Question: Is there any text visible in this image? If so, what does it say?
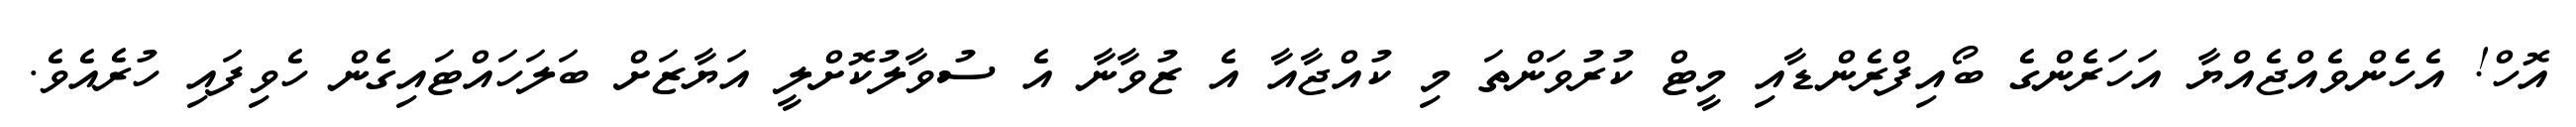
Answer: އޮހް! އެހެންވެއްޖެއްޔާ އަހަރެންގެ ބޯއިފްރެންޑާއި މީޓް ކުރުވަންތަ މި ކުއްޖާއާ އެ ޒުވާނާ އެ ސުވާލުކޮށްލީ އަޔާޒަށް ބަލަހައްޓައިގެން ހެވިފައި ހުރެއެވެ.